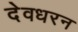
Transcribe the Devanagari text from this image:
देवधरन